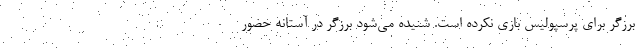
برزگر برای پرسپولیس بازی نکرده است. شنیده می‌شود برزگر در آستانه حضور